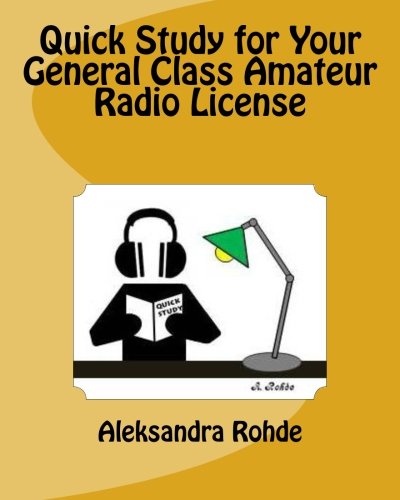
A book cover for Quick Study for Your General Class Amateur Radio License: Valid July 1, 2015 - June 30, 2019; Aleksandra M. Rohde; Crafts, Hobbies & Home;